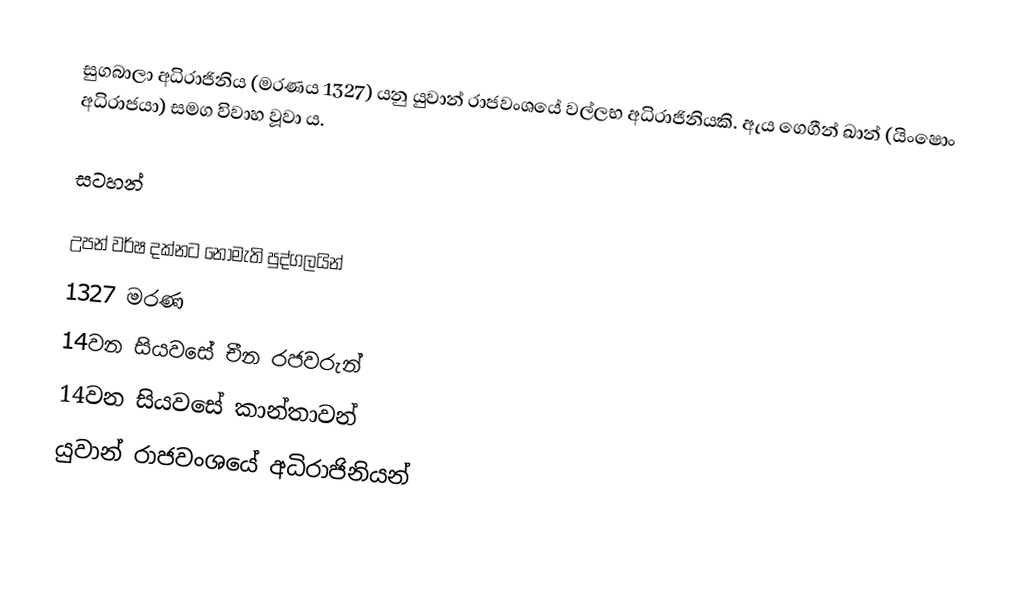
සුගබාලා අධිරාජිනිය (මරණය 1327) යනු යුවාන් රාජවංශයේ වල්ලභ අධිරාජිනියකි. ඇය ගෙගීන් ඛාන් (යිංෂොං අධිරාජයා) සමග විවාහ වූවා ය.

සටහන්

උපන් වර්ෂ දක්නට නොමැති පුද්ගලයින්
1327 මරණ
14වන සියවසේ චීන රජවරුන්
14වන සියවසේ කාන්තාවන්
යුවාන් රාජවංශයේ අධිරාජිනියන්